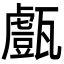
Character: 𤮙